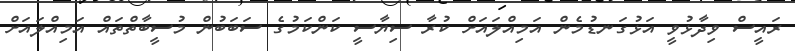
ރައީސް ވިދާޅުވީ އަޅުގަނޑުމެން އަމިއްލައަށް ކުރާ ސިޔާސީ ކަންކަމުގެ ސަބަބުން މުސީބާތްތައް އަމިއްލައަށް